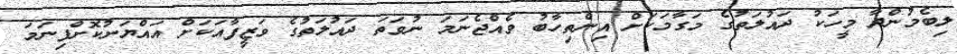
ލިބެމުންދާ މީހަކު ދައުލަތުގެ މަގާމަކަށް އިންތިހާބު ވެއްޖެނަމަ ނުވަތަ ދައުލަތުގެ ވަޒީފާއަކަށް އައްޔަނުކޮށްފިނަމަ